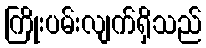
ကြိုးပမ်းလျက်ရှိသည်